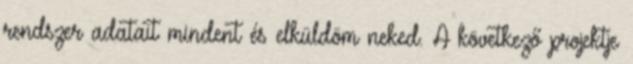
rendszer adatait mindent és elküldöm neked. A következő projektje